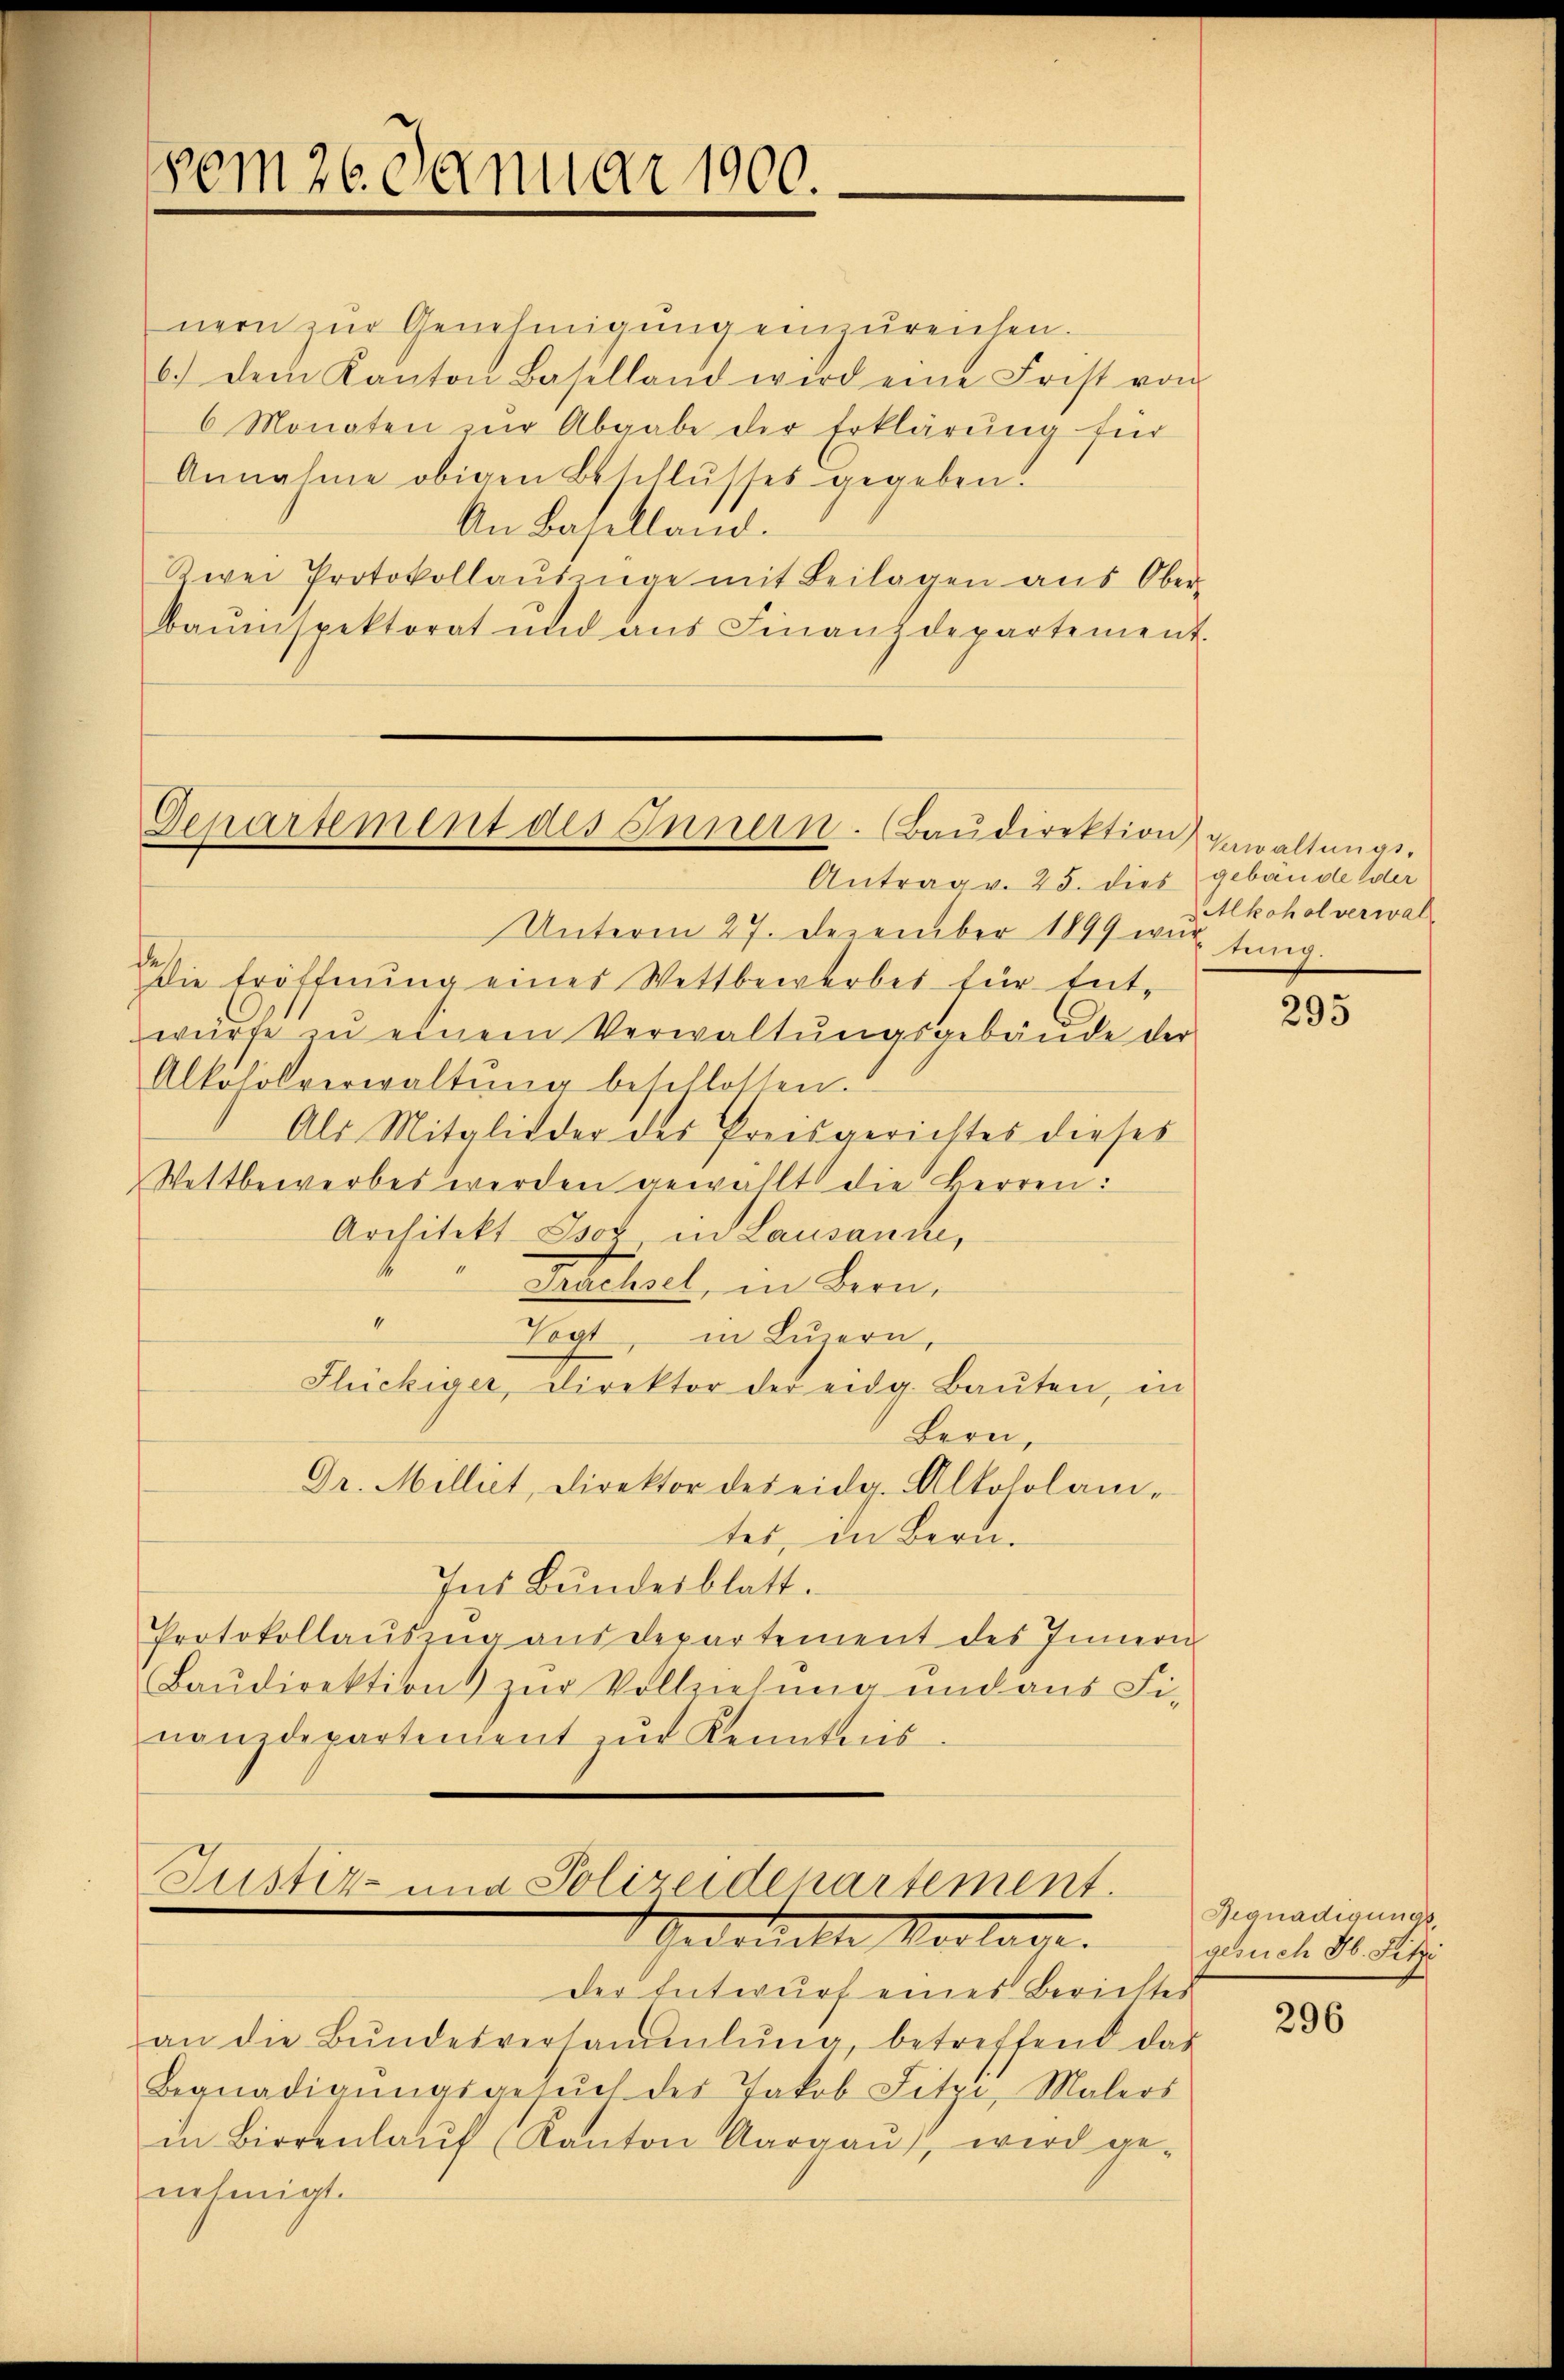
vom 26. Januar 1900.

Departement des Innern. Baudirektion gewaltungs¬

nern zur Genehmigung einzureichen.
6.) Dein Kanton Baselland wird eine Frist von
6 Monaten zur Abgabe der Erklärung für
Annahme obigen Beschlusses gegeben.
An Baselland.
Zwei Protokollaŭsenge mit Beilagen aus Ober-
baŭespektorat und aŭs Finanzdepartement.

Antrag v. 25. dies gebäude er
Unterm 27. Dezember 1899 wir tung.
Die Eröffnung eines Wettbewerbes für Entwürfe zŭ einem Verwaltŭngsgebäŭde der
Alkoholverwaltŭng beschlossen.
Als Mitglieder des Preisgerichtes dieses
Wettbewerbes werden gewählt die Herren:
Architekt Isoz, in Lausanne,
“
Taschsel, in Bern,
4
Vogt, in Luzern,
Flückiger, Direktor der eidg. Baŭten, in
Bern,
Dr. Milliet, Direktor des eidg. Altosolam-
tes, in Bern.
Ins Bundesblatt.
Protokollaŭsing aŭsdepartement des Innern
Baŭdirektion zur Vollziehung und aus Fi-
nanzdepartement zur Kenntnis

Justiz- und Polizeiderartement.
Gedanckten Manten
der Entwurf eines Berichtes

an die Bŭndesversammlung betreffend das
Begnadigŭngsgesŭch des Jakob Fitzi, Malers
in Birrenlaŭf (Kanton Aargaŭ, wird ge-
nehmigt.

Alkohol verwal

295

Begnadigungsgesuch H. Fitzi

296